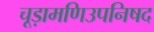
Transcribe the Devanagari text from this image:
चूड़ामणिउपनिषद